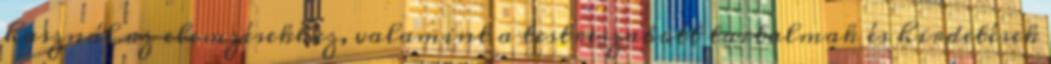
használ az elemzésekhez, valamint a testreszabott tartalmak és hirdetések